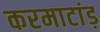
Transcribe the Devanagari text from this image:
करमाटांड़